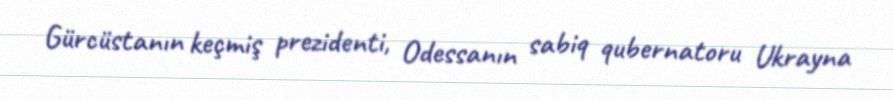
Gürcüstanın keçmiş prezidenti, Odessanın sabiq qubernatoru Ukrayna